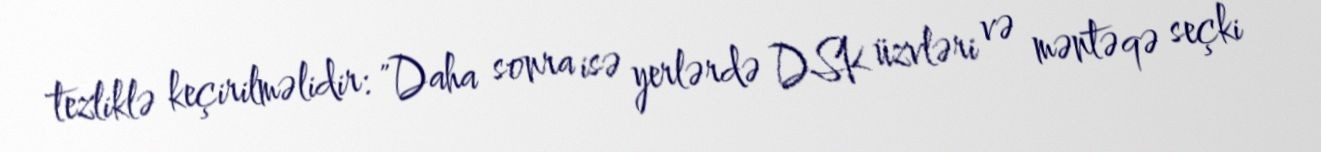
tezliklə keçirilməlidir: "Daha sonra isə yerlərdə DSK üzvləri və məntəqə seçki